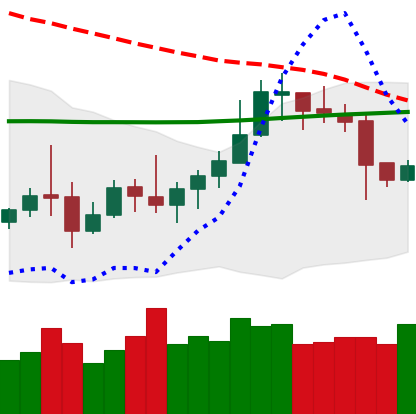
Ticker: LTC-USD
Chart end date: 2020-10-18
Forward return: 16%
Label: up_7plus